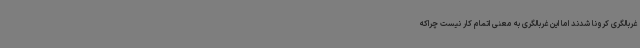
غربالگری کرونا شدند اما این غربالگری به معنی اتمام کار نیست چراکه